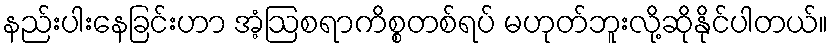
နည်းပါးနေခြင်းဟာ အံ့ဩစရာကိစ္စတစ်ရပ် မဟုတ်ဘူးလို့ဆိုနိုင်ပါတယ်။